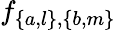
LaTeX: {{f_{\left\{ {a,l}\right\} ,\left\{ {b,m}\right\} }}}